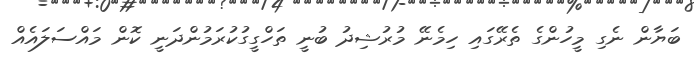
ބަޔާން ނެގި މީހުންގެ ތެރޭގައި ހިމެނޭ މުރުޝިދު ބުނީ ތަހްގީގުކުރަމުންދަނީ ކޮން މައްސަލައެއް